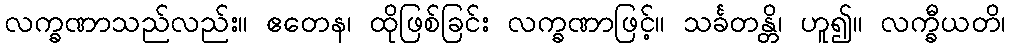
လက္ခဏာသည်လည်း။ ဧတေန၊ ထိုဖြစ်ခြင်း လက္ခဏာဖြင့်။ သင်္ခတန္တိ၊ ဟူ၍။ လက္ခီယတိ၊